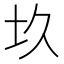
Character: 𡉌